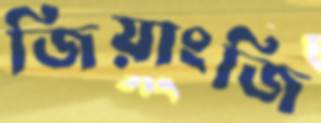
জিয়াংজি